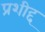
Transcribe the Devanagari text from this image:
प्रशीद्द